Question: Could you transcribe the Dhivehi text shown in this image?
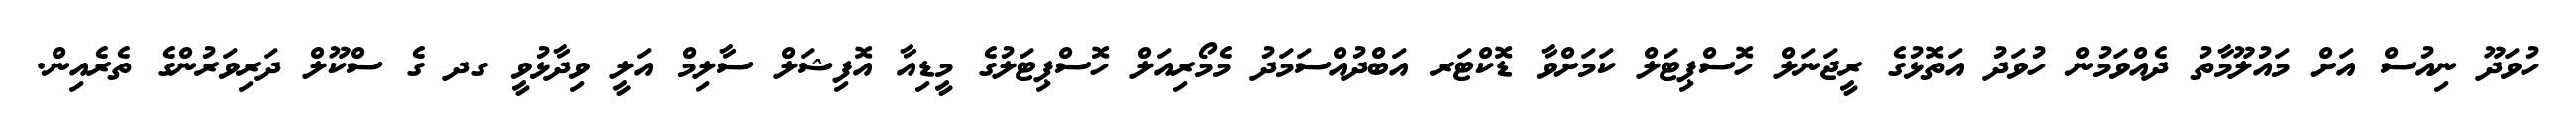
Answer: ހުވަދޫ ނިއުސް އަށް މައުލޫމާތު ދެއްވަމުން ހުވަދު އަތޮޅުގެ ރީޖަނަލް ހޮސްޕިޓަލް ކަމަށްވާ ޑޮކްޓަރ އަބްދުއްސަމަދު މެމޯރިއަލް ހޮސްޕިޓަލުގެ މީޑިއާ އޮފިޝަލް ސާލިމް އަލީ ވިދާޅުވީ ގދ ގެ ސްކޫލް ދަރިވަރުންގެ ތެރެއިން.